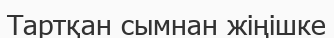
Тартқан сымнан жіңішке